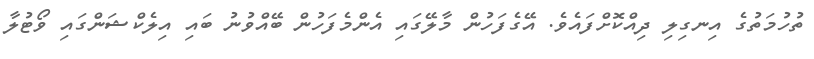
ތުހުމަތުގެ އިނގިލި ދިއްކޮށްފައެވެ. އޭގެފަހުން މާލޭގައި އެންމެފަހުން ބޭއްވުނު ބައި އިލެކްޝަންގައި ވޯޓުލާ